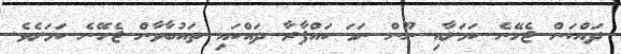
ދައްކަން ޖެހޭނެ ކަމަށާއި ނޫން ނަމަ ކައްފާރާ ދައްކައި ތައުބާވާން ޖެހޭނެ ކަމަށެވެ.